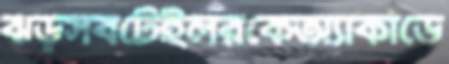
ঝড়সবটেইলরকেঅ্যাকাডে